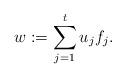
LaTeX: \begin{align*}w:=\sum_{j=1}^t u_j f_j.\end{align*}